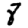
Digit: 8